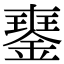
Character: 䥅